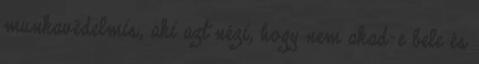
munkavédelmis, aki azt nézi, hogy nem akad-e bele és